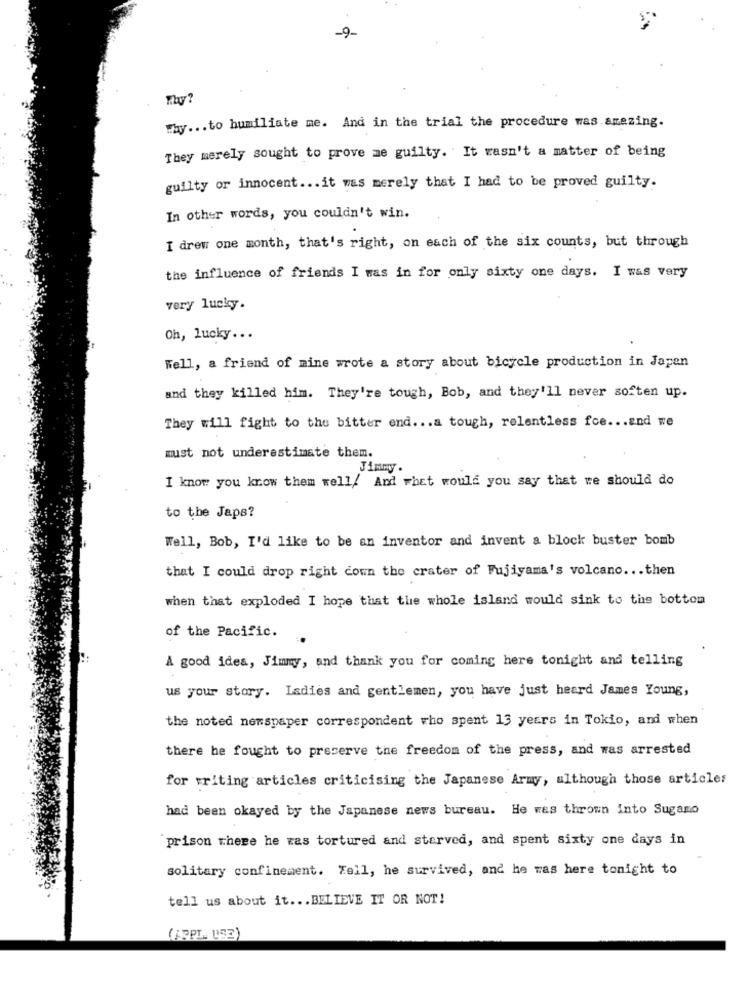
9-
May ... to humiliate me. And in the trial the procedure was amazing.
They merely sought to prove me guilty. It wasn't a matter of being
guilty or innocent ... it was merely that I had to be proved guilty.
In other words, you couldn't win.
I drew one month, that's right, on each of the six counts, but through
the influence of friends I was in for only sixty one days. I was very
very lucky.
Oh, lucky ...
Well, a friend of mine wrote a story about bicycle production in Japan
and they killed him. They're tough, Bob, and they'll never soften up.
They will fight to the bitter end ... a tough, relentless foe ... and we
must not underestimate them.
Jimmyy .
I know you know them well! And what would you say that we should do
to the Japs?
Well, Bob, I'd like to be an inventor and invent a block buster bomb
that I could drop right down the crater of Fujiyama's volcano ... then
when that exploded I hope that the whole island would sink to the bottom
of the Pacific.
A good idea, Jimmy, and thank you for coming here tonight and telling
us your story. Ladies and gentlemen, you have just heard James Young,
the noted newspaper correspondent who spent 13 years in Tokio, and when
there he fought to preserve the freedom of the press, and was arrested
for writing articles criticising the Japanese Army, although those articles
had been okayed by the Japanese news bureau. He was thrown into Sugamo
prison there he was tortured and starved, and spent sixty one days in
solitary confinement. Fell, he survived, and he was here tonight to
tell us about it ... BELIEVE IT OR NOT!
(APPL. USE)